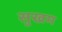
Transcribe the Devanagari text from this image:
सुखम